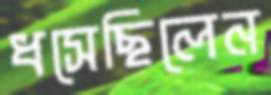
ধসেছিলেন